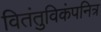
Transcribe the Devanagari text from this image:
वितंतुविकंपनित्र